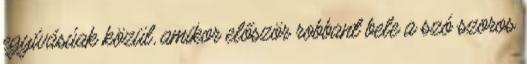
egyívásúak közül, amikor először robbant bele a szó szoros